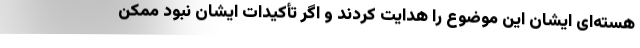
هسته‌ای ایشان این موضوع را هدایت کردند و اگر تأکیدات ایشان نبود ممکن